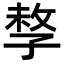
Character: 𡥽